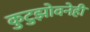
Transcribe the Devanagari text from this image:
कुटुझोवनेही